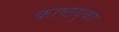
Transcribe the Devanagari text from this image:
काष्ठयूका